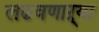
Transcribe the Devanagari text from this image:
लढवणाऱ्या